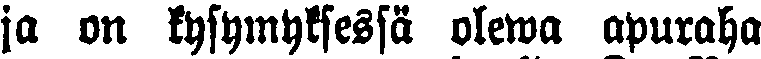
ja on kysymyksessä olewa apuraha